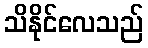
သိနိုင်လေသည်